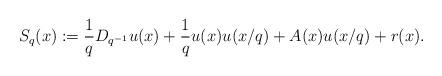
LaTeX: \begin{align*} S_q(x) :=\frac{1}{q} D_{q^{-1}} u(x)+\frac{1}{q}u(x) u(x/q)+ A(x) u(x/q)+r(x).\end{align*}